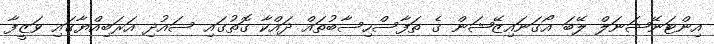
އިންޓަނޭޝަނަލް ލޭބަ އޯގަނައިޒޭޝަން ގެ ތަފާސްހިސާބުތައް ދައްކާ ގޮތުގައި ސައުދި އަރަބިއްޔާގައި ވަޒީފާ